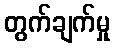
တွက်ချက်မှု